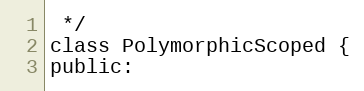
Language: C
 */
class PolymorphicScoped {
public: